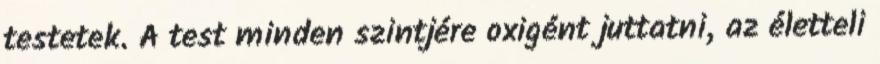
testetek. A test minden szintjére oxigént juttatni, az életteli